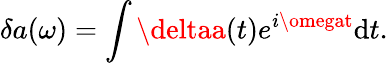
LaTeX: \delta{a}(\omega)=\int\deltaa(t)e^{i\omegat}\mathrm{d}t.